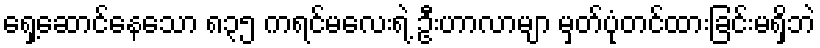
ရှေ့ဆောင်နေသော ၈၃၅ ကရင်မလေးရဲ့ ဦးဟာလာမျာ မှတ်ပုံတင်ထားခြင်းမရှိဘဲ